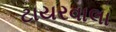
ટાયરવાલા